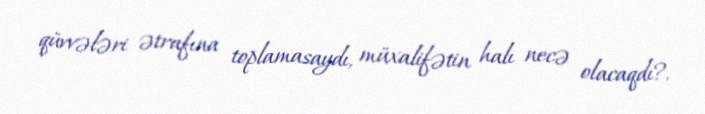
qüvvələri ətrafına toplamasaydı, müxalifətin halı necə olacaqdı?.